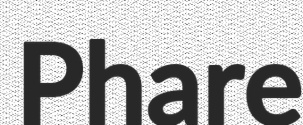
Phare